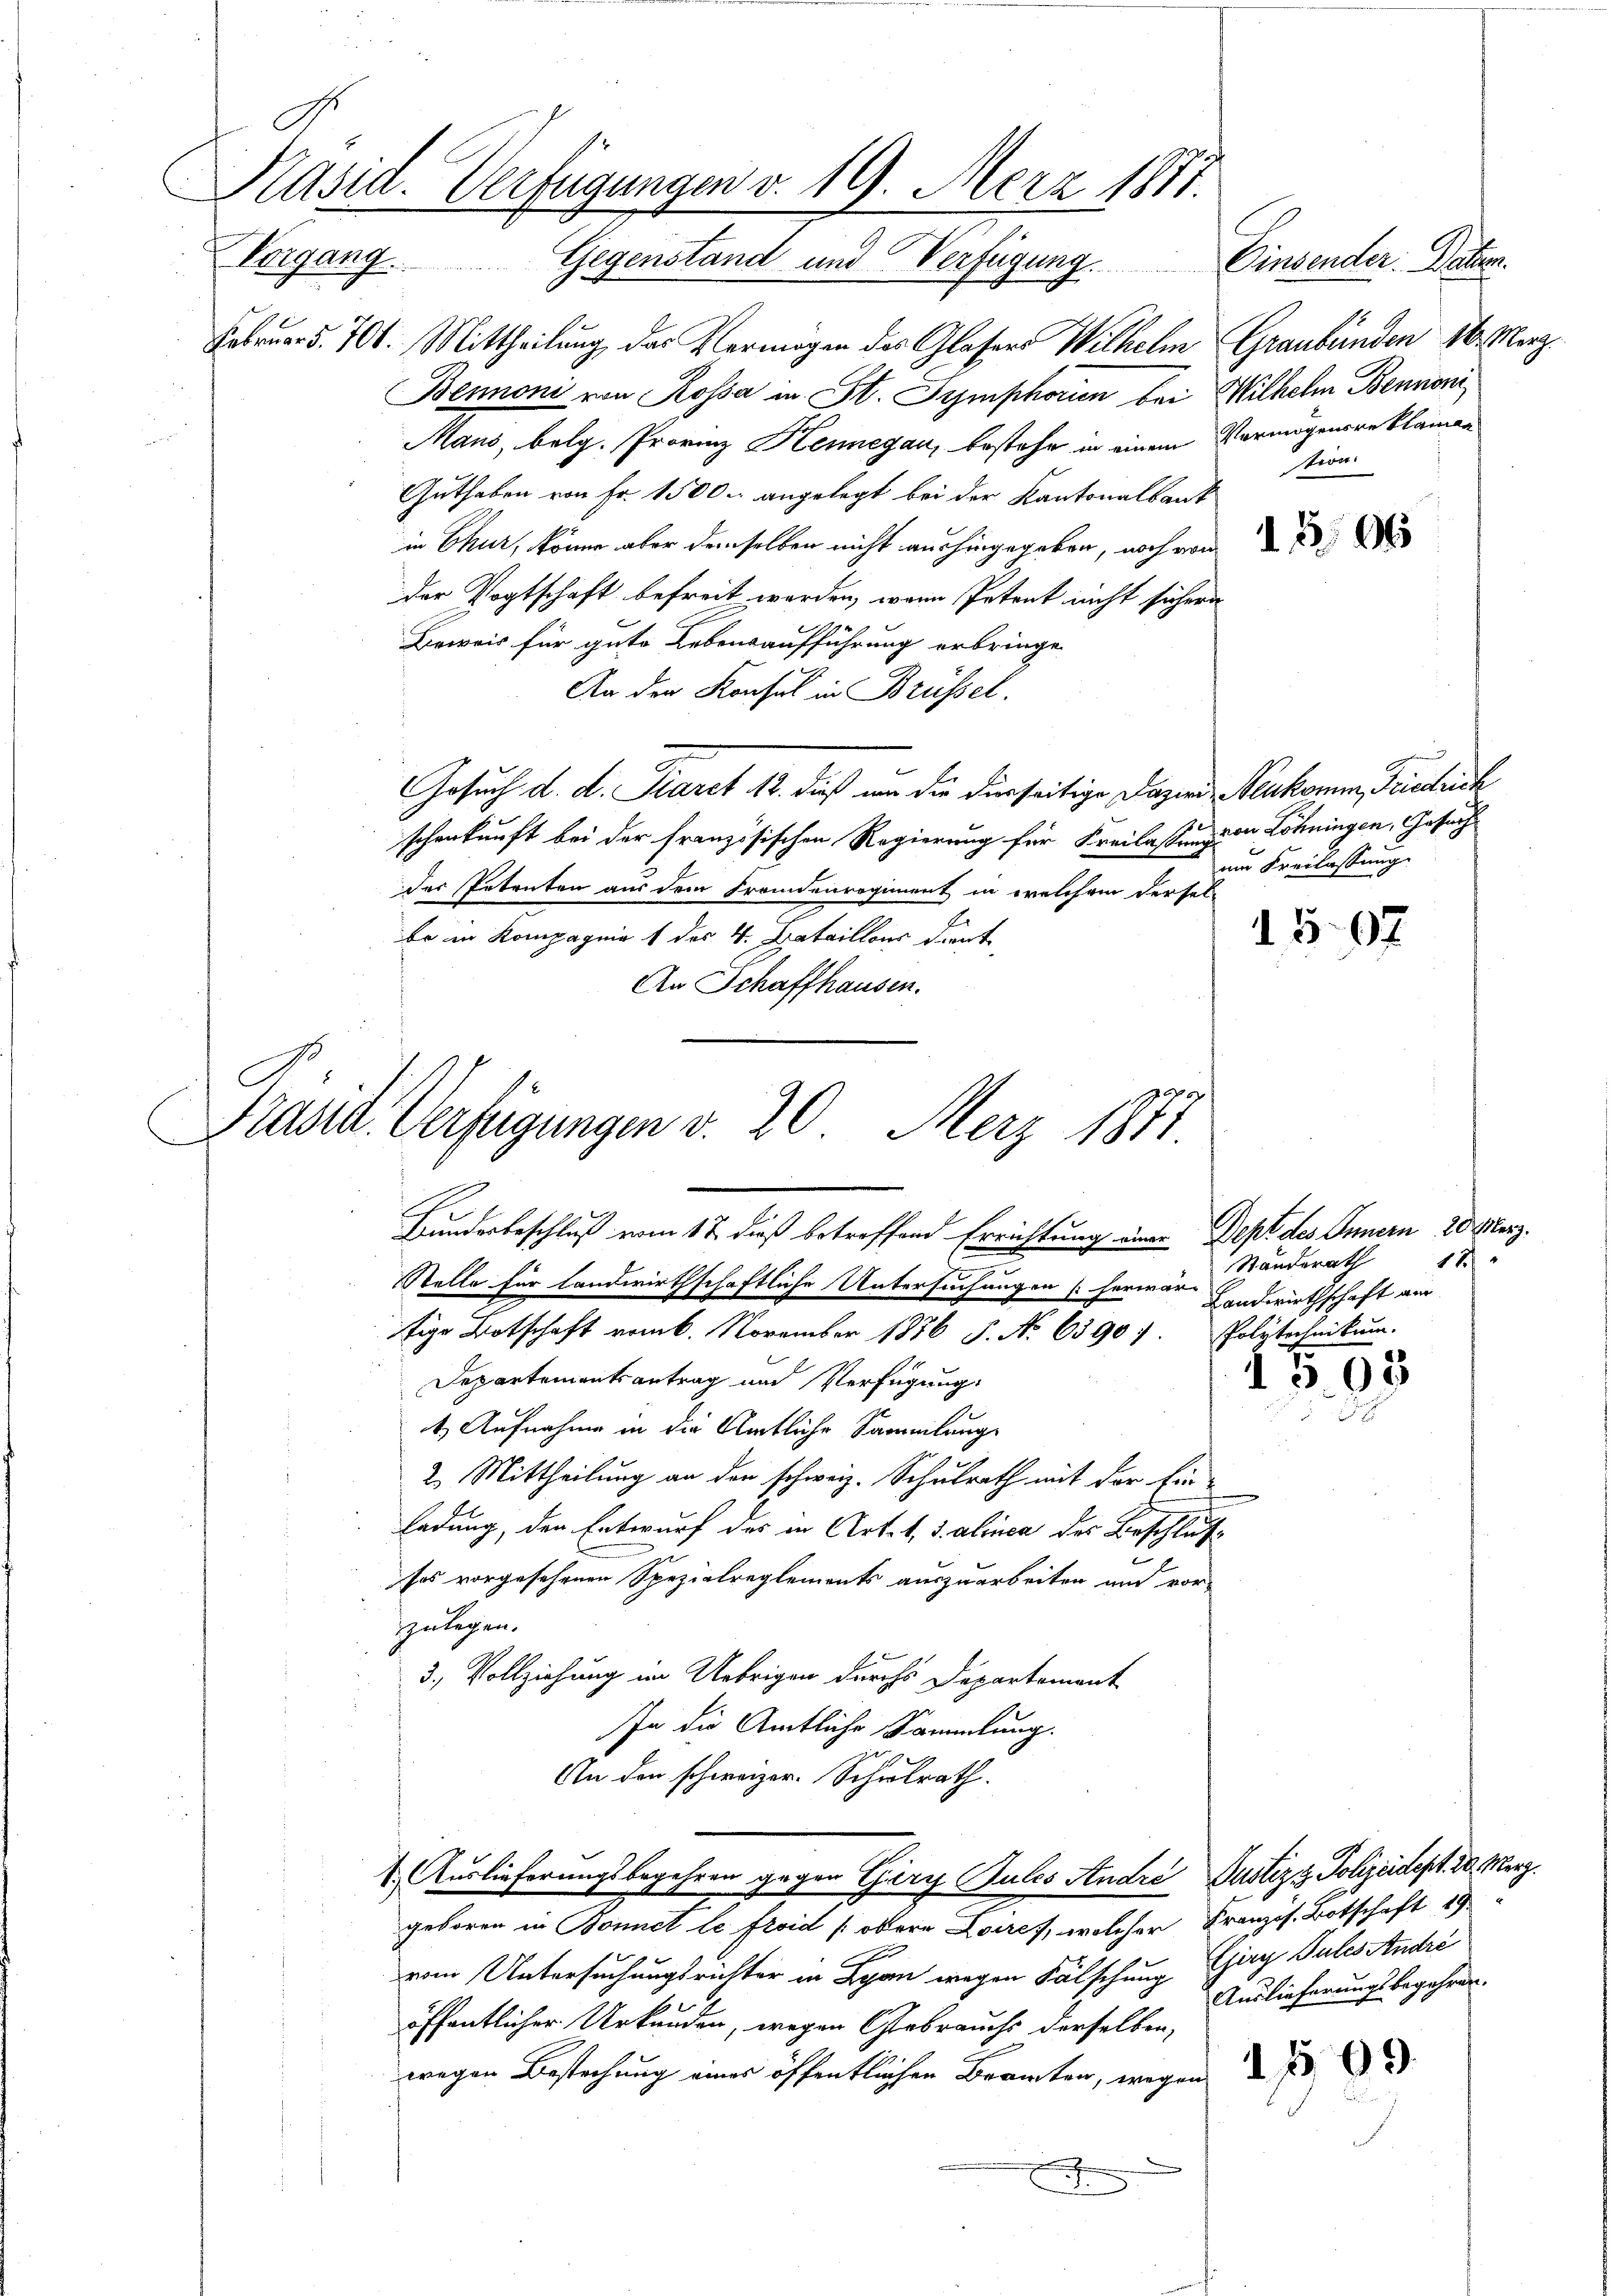
.
Pasia. Verfügungen v. 19. Merz 1877.
Vergang. Gegenstand und Verfügung. Einsender Daten.

C

Februar d. 706. Mittheilung das Vermögen des Glasers Wilhelm Graubünden 16. März.
Bennoni von Kossa in St. Symphorien bei Wilhelm Bennoni
Mans, belg. Provinz Hennegau, bestehe in einem Vermögensreklaman
Stron.
Guthaben von Fr. 1500. angelegt bei der Kantonalbank
in Chur, könne aber demselben nicht aus hingegeben, noch von
der Vogtschaft befreit werden, wenn Petent nicht sichern
Beweis für gute Lebensaufführung erbringe
An der Konsul in Brüssel.
Gesuch d. d. Karet 12. dieß um die Dienseitige Pazin Neukommen, Fristrich
schenkunft bei der französischen Regierung für Freilassung an Lohningen, Gossach
der Petenten aus dem Fremdenregiment in welchem dersel-
be in Kompagnie 1 des 4. Bataillons dient,
An Schaffhausen.
Kundesbeschluß vom 17. dieß betreffend Errichtung einer Dept des Innern 20. März.
Standsrath 17
.
Stelle für landwirthschaftliche Untersuchungen (herwar Handwirthschaft am
tige Botschaft vom 6. November 1876 S. Nr. 6390: Polytechnikum.
1508
Departementsantrag und Verfügung.
t. Aufnahme in die Amtliche Sammlung
2. Mittheilung an den schweiz. Schulrath mit der Ein-
ladung, den Entwurf das in Art. 1, S. abrica des Beschluß
sos vorgesehenen Spezialreglements auszuarbeiten und vor
zulegen.
3.) Vollziehung im Uebrigen durch Departement
In die Amtliche Sammlung.
An den schweizer. Schulrath.
1. Auslieferungsbegehren gegen Giry Gules Andre Justiz & Polizeidept. 10. Merz.
geboren in Bonnet le froid (obern Loires, welcher Französ. Botschaft 19.
vom Untersuchungsrichter in Lyon wegen Fälschung Ein Sules André
Auslieferungsbegehren.
öffentlicher Urkunden, wegen Gebrauchs derselben,
wegen Bestechung einer öffentlichen Beraten, wegen 2
E

Präsid. Verfügungen v. 20. Merz 1871.

am Freilassung.

1507